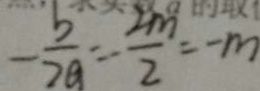
- \frac { b } { 2 a } = - \frac { 2 m } { 2 } = - m